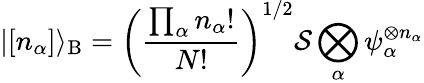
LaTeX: |[n_{\alpha}]\rangle_{\mathrm{{B}}}=\left({\frac{\prod_{\alpha}n_{\alpha}!}{N!}}\right)^{1/2}{\mathcal{S}}\bigotimes_{\alpha}\psi_{\alpha}^{\otimes n_{\alpha}}